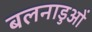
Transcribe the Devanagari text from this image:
बलनाडुओं